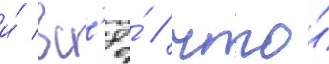
и́ вс'ё́ / что́